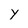
Character: Y